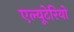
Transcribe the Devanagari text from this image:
एल्यूटेरियो